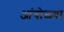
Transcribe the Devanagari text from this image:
आंबोळ्या